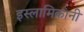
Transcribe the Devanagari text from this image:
इस्लामिकांनी